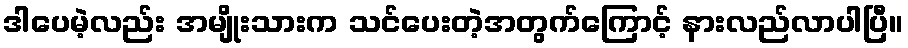
ဒါပေမဲ့လည်း အမျိုးသားက သင်ပေးတဲ့အတွက်ကြောင့် နားလည်လာပါပြီ။